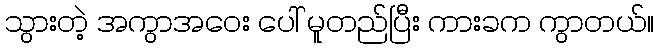
သွားတဲ့ အကွာအဝေး ပေါ် မူတည်ပြီး ကားခက ကွာတယ်။